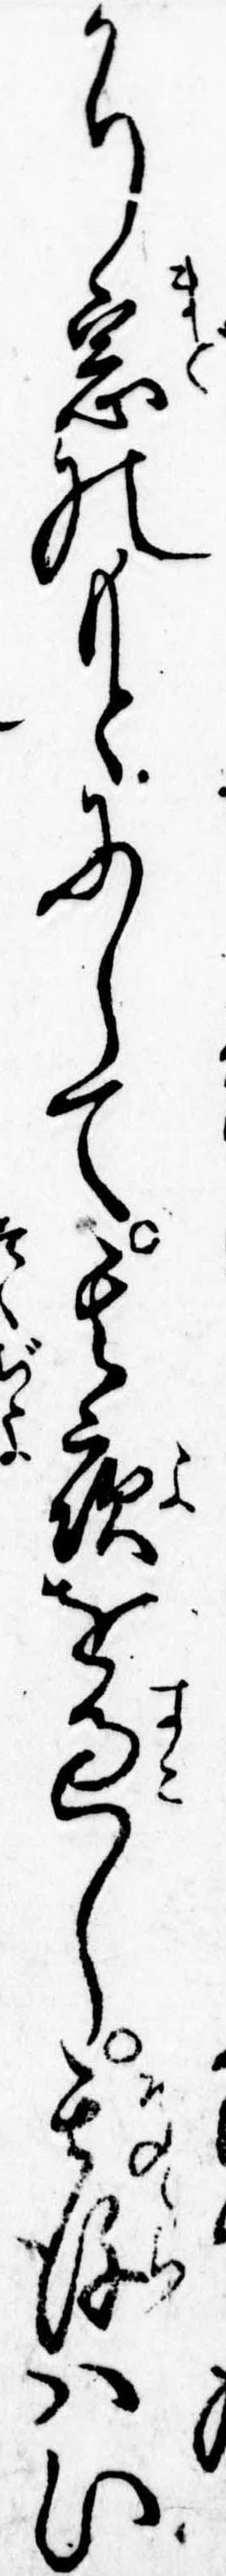
かり窓のもとにして其夜を過し其後はい